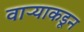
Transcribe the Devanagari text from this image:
वाऱ्याकडून